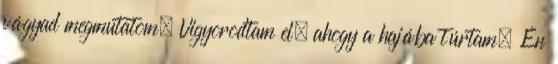
vágyad megmutatom. Vigyorodtam el, ahogy a hajába túrtam. Én